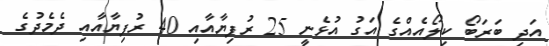
އަދި ބަރަބޯ ކިލޯއެއްގެ އަގު އުޅެނީ 25 ރުފިޔާއާއި 40 ރުފިޔާއާއި ދެމެދުގެ